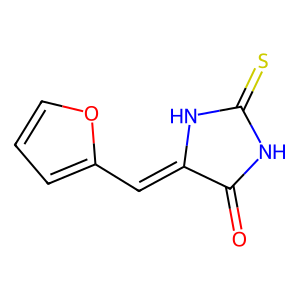
SMILES: O=C1NC(=S)NC1=Cc1ccco1
Inhibits HIV replication: No